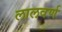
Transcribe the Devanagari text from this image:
लालवर्ण